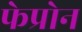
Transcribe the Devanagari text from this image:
फेप्रोन